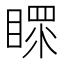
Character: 𥉀